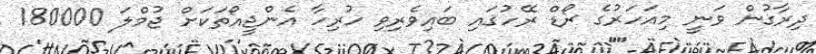
ދިރާގުން ވަނީ މިއަހަރުގެ ރޯޑް ރޭހުގައި ބައިވެރިވި ހުރިހާ އެންޖީއޯތަކަށް ޖުމްލަ 180000